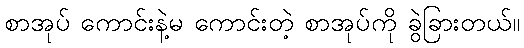
စာအုပ် ကောင်းနဲ့မ ကောင်းတဲ့ စာအုပ်ကို ခွဲခြားတယ်။